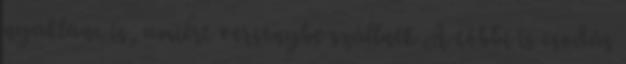
nyaklánc is, amiért versenybe szállnék A többi is csodás